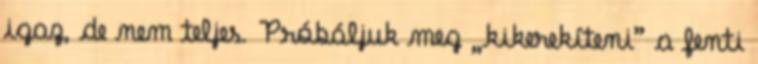
igaz, de nem teljes. Próbáljuk meg „kikerekíteni” a fenti